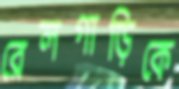
রেলগাড়িকে